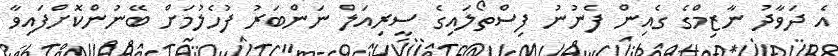
އެ ދަވާދު ނާޒިމްގެ ގެއިން ފެނުނު ފިސްތޯލައިގެ ސީރިއަލް ނަންބަރު ފުހެލުމަށް ބޭނުންކޮށްފައިވާ